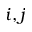
i , j